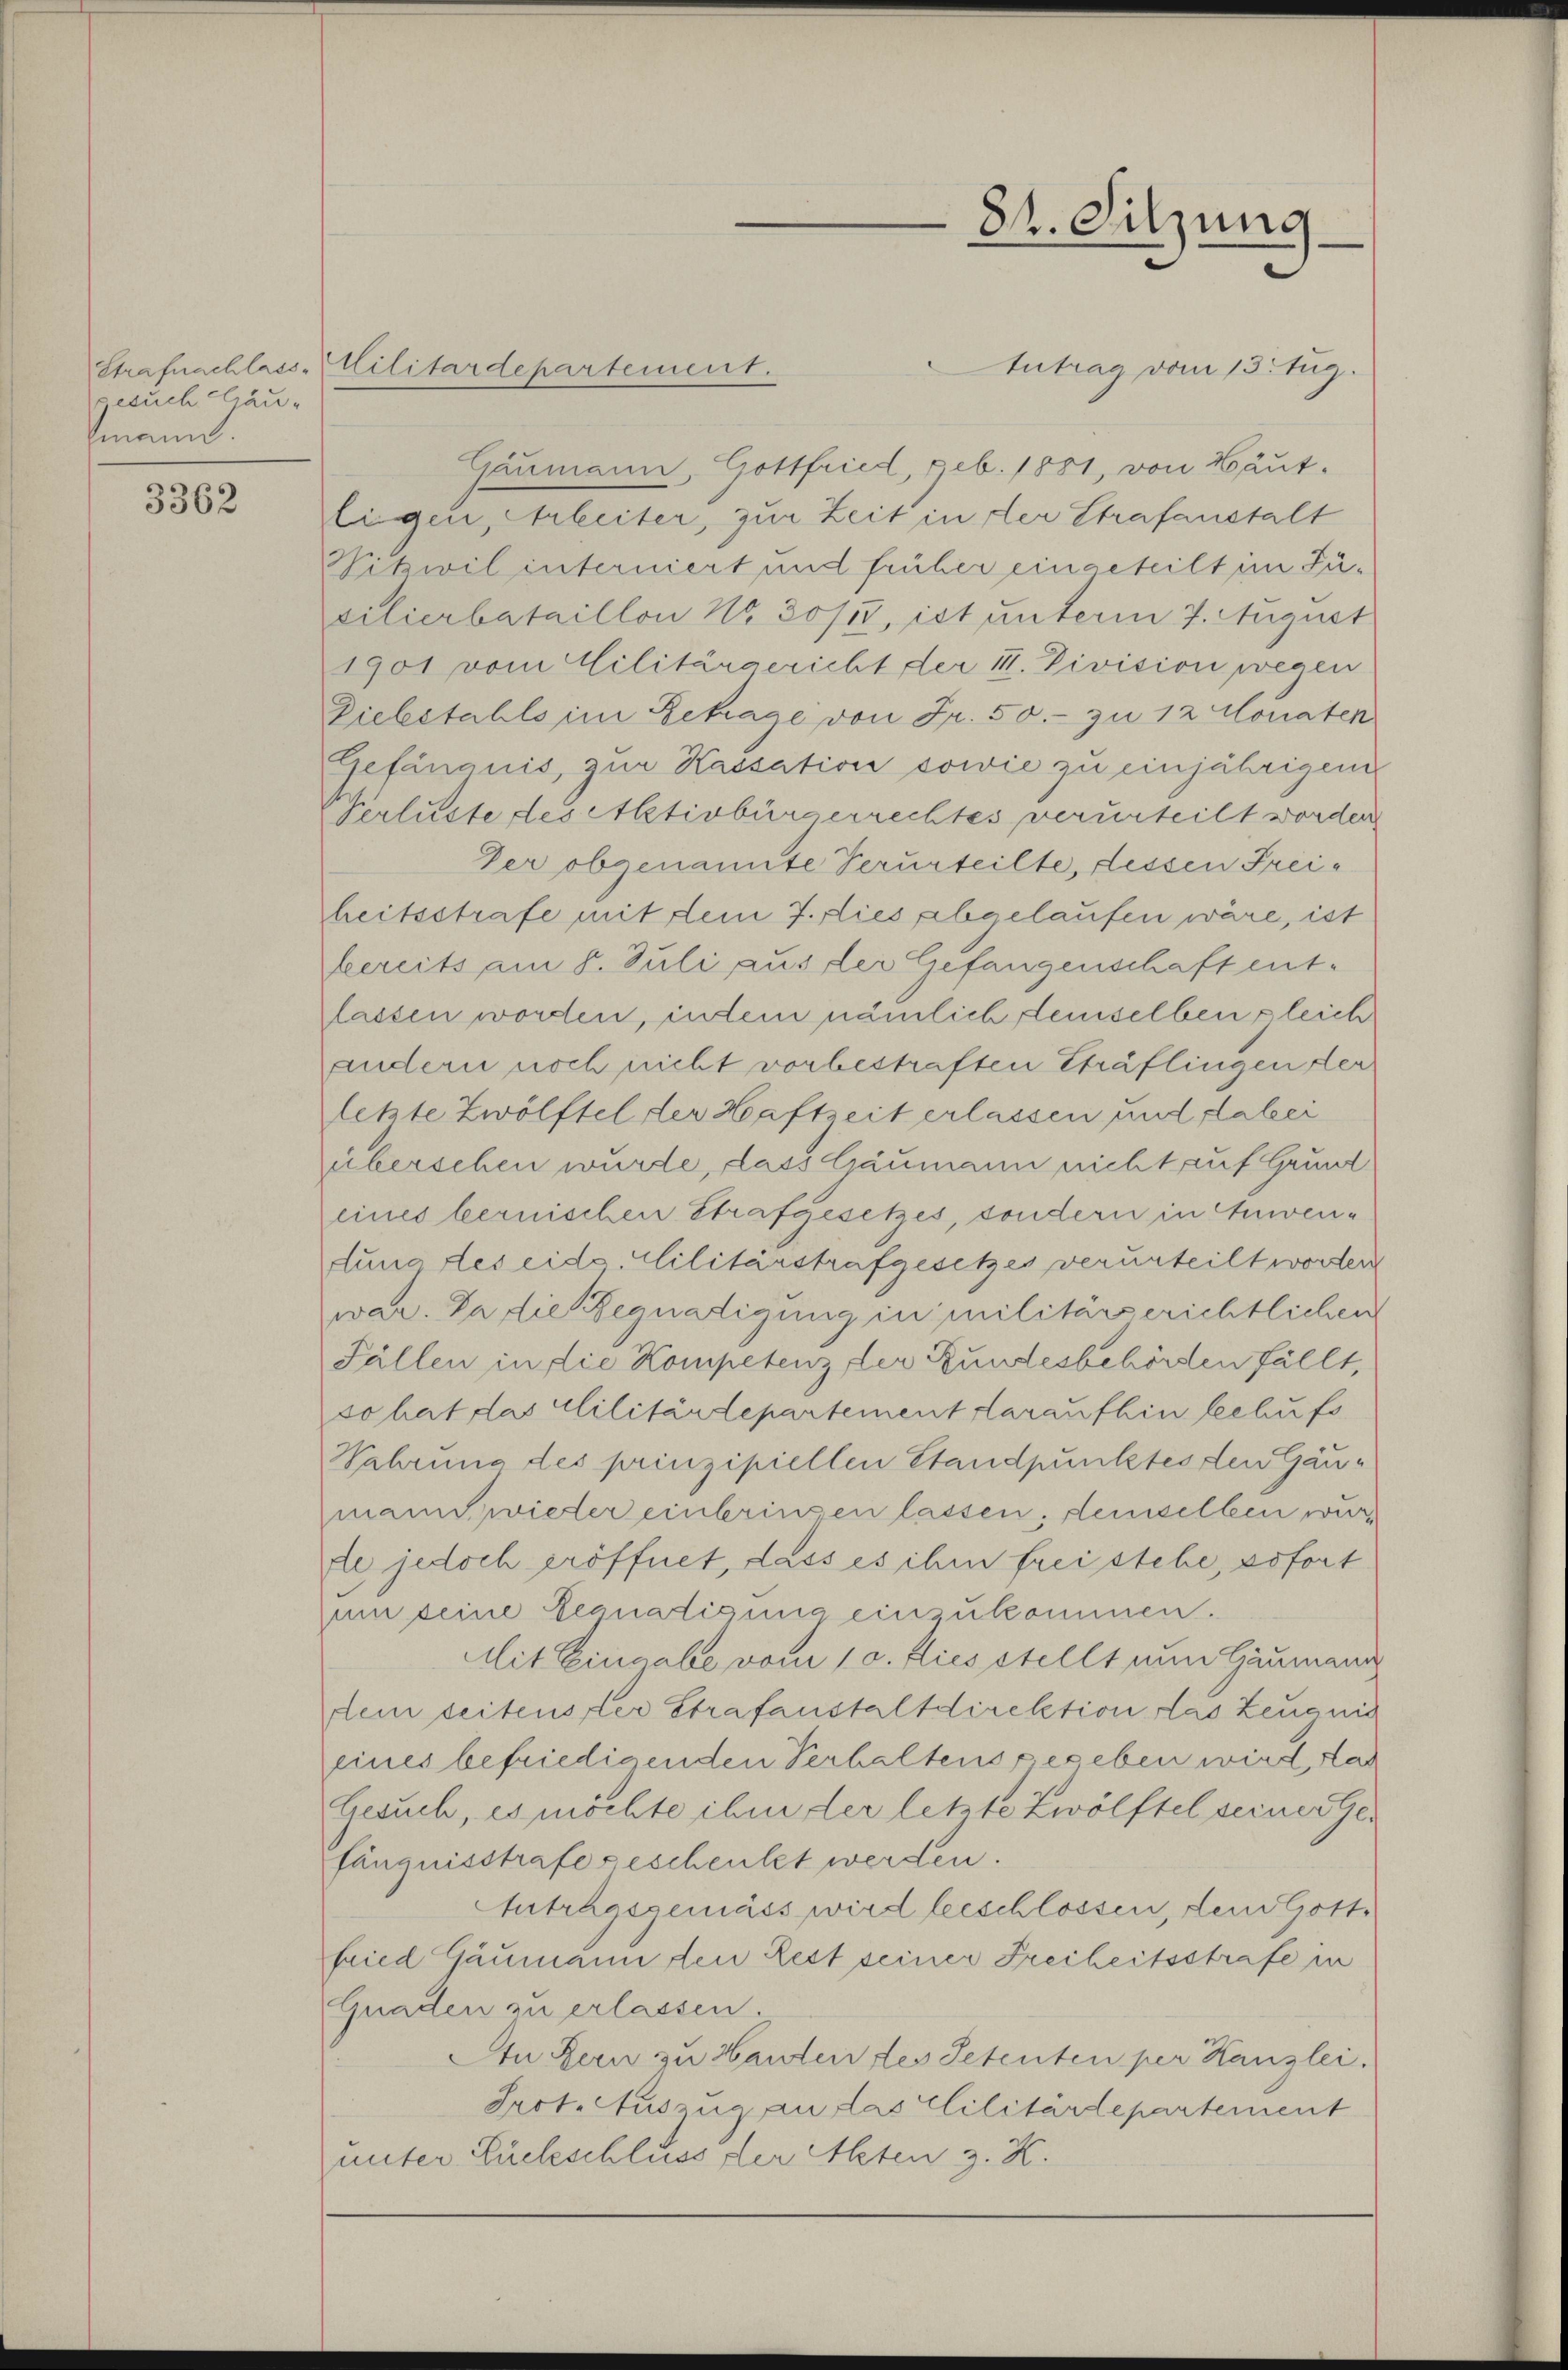
gesuch häuzmann.

3362

Antrag vom 13. Zug.
Caumann, Gottfried, geb. 1881, von Häut
ligen, Arbeiter, zur Zeit in der Strafanstalt
Pitzwil interniert und früher eingeteilt im Füsilierbataillon No 30/I, ist unterm 7. August
1901 vom Militärgericht der III. Division wegen
Diebstahls im Betrage von Fr. 50.- zu 12 Monaten
Gefängnis, zur Kassation sowie zu einjährigen
Verluste des Aktivbürgerrechtes verurteilt worden
Der obgenannte Verurteilte, dessen Freiheitsstrafe mit dem 7. dies abgelaufen wäre, ist
bereits am 8. Juli aus der Gefangenschaft entlassen worden, indem nämlich demselben gleich
andern noch nicht vorbestraften Sträflingen der
letzte Zwölftel der Haftzeit erlassen und dabei
überschen wurde, dass Gaumann nicht auf Grund
eines bernischen Strafgesetzes, sondern in Anwendung des eidg. Militärstrafgesetzes verurteilt worden
war. Da die Begnadigung in militärgerichtlichen
Fällen in die Kompetenz, der Bundesbehörden fällt,
so hat das Militärdepartement daraufhin behufs
Wahrung des prinzipiellen Standpunktes den Gäumann wieder einbringen lassen, demselben wurde jedoch eröffnet, dass es ihm frei stehe, sofort
um seine Begnadigung einzukommen.
Mit Eingabe vom 10. Jus stellt zum Gaumann
dein seitensster Strafanstalt direktion das Zeugnis
eines befriedigenden Verhaltens gegeben wird, das
Gesuch, es möchte ihm der letzte Zwölftel seiner Gefängnisstrafe geschenkt werden.
Autrhassemäss wird beschlossen, dem Gottfried Gaumann den Rest seiner Freiheitsstrafe in
Gnaden zu erlassen.
An Bern zu Handten des Petenten per Kanzlei.
Irot. Auszug an das Militärdepartement
unter Lückeschluss der Alten z. K.

Strafnachlass-Militärdepartement.

84. Sitzung.